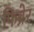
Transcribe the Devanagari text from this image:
फिब्रेर